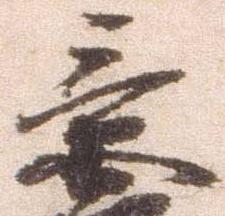
景